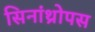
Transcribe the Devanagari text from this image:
सिनांथ्रोपस